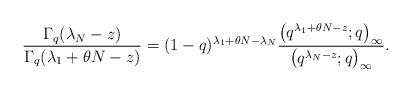
LaTeX: \begin{gather*}\frac{\Gamma_q(\lambda_N - z)}{\Gamma_q(\lambda_1 + \theta N - z)} = (1 - q)^{\lambda_1 + \theta N - \lambda_N}\frac{\big(q^{\lambda_1 + \theta N - z}; q\big)_{\infty}}{\big(q^{\lambda_N - z}; q\big)_{\infty}}.\end{gather*}